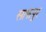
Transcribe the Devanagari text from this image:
साफपुर